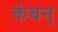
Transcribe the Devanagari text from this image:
कंबन्